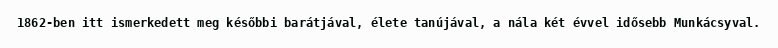
1862-ben itt ismerkedett meg későbbi barátjával, élete tanújával, a nála két évvel idősebb Munkácsyval.